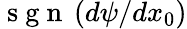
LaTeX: \mathrm{~s~g~n~}\left(d\psi/dx_{0}\right)